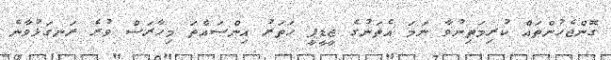
ގޮންޖެހުންތައް ކުރިމަތިނުވާ ނަމަ އެތަނުގެ ޖީޑީޕީ ހަތަރު އިންސައްތަ މިހާރަސް ވުރެ ރަނގަޅުވާނެ